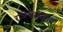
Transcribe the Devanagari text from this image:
राजेश्वरसहाय